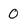
Character: 0